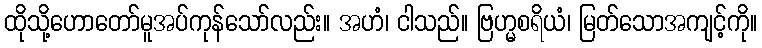
ထိုသို့ဟောတော်မူအပ်ကုန်သော်လည်း။ အဟံ၊ ငါသည်။ ဗြဟ္မစရိယံ၊ မြတ်သောအကျင့်ကို။